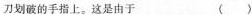
刀划破的手指上。这是由于 ( )